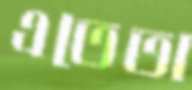
এতেতা